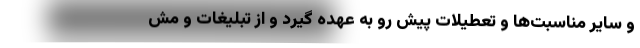
و سایر مناسبت‌ها و تعطیلات پیش ‌رو به عهده گیرد و از تبلیغات و مش